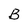
Character: B